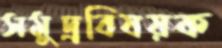
সমুদ্রবিষয়ক